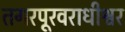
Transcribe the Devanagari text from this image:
तगरपूरवराधीश्वर